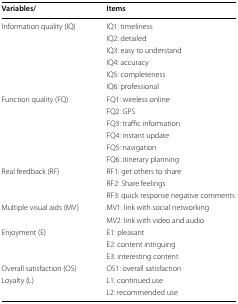
| Variables/ | Items |
 | --- | --- |
 | Information quality (IQ) | IQ1: timeliness |
 |  | IQ2: detailed |
 |  | IQ3: easy to understand |
 |  | IQ4: accuracy |
 |  | IQ5: completeness |
 |  | IQ6: professional |
 | Function quality (FQ) | FQ1: wireless online |
 |  | FQ2: GPS |
 |  | FQ3: traffic information |
 |  | FQ4: instant update |
 |  | FQ5: navigation |
 |  | FQ6: itinerary planning |
 | Real feedback (RF) | RF1: get others to share |
 |  | RF2: Share feelings |
 |  | RF3: quick response negative comments |
 | Multiple visual aids (MV) | MV1: link with social networking |
 |  | MV2: link with video and audio |
 | Enjoyment (E) | E1: pleasant |
 |  | E2: content intriguing |
 |  | E3: interesting content |
 | Overall satisfaction (OS) | OS1: overall satisfaction |
 | Loyalty (L) | L1: continued use |
 |  | L2: recommended use |